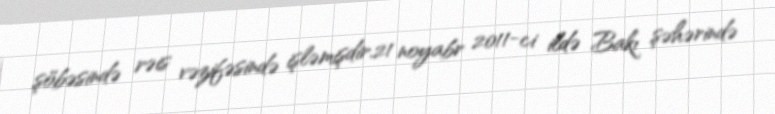
şöbəsində rəis vəzifəsində işləmişdir.21 noyabr 2011-ci ildə Bakı şəhərində